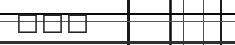
١٠٧